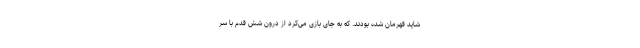
شاید قهرمان شده بودند. که به جای بازی می‌کرد از درون شش قدم با سر